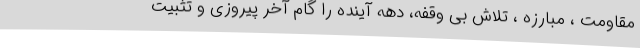
مقاومت ، مبارزه ، تلاش بی وقفه، دهه آینده را گام آخر پیروزی و تثبیت